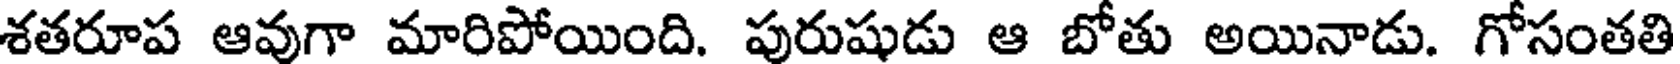
శతరూప ఆవుగా మారిపోయింది. పురుషుడు ఆ బోతు అయినాడు. గోసంతతి